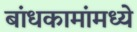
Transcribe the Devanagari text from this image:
बांधकामांमध्ये